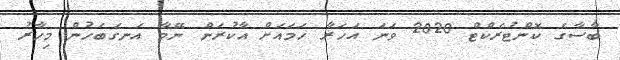
ބާސާގެ ކޮންޓުރެކްޓް 2020 ވަނަ އަހަރާ ހަމައަށް އާކުރަން ނޭމާ އަނގަބަހުން މިހާރު